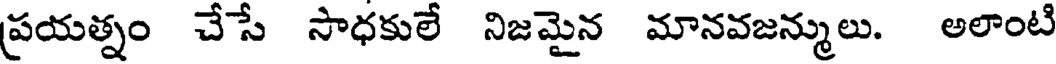
ప్రయత్నం చేసే సాధకులే నిజమైన మానవజన్ములు. అలాంటి